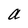
Character: a